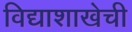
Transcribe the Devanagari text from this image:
विद्याशाखेची